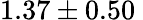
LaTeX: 1.37\pm 0.50\